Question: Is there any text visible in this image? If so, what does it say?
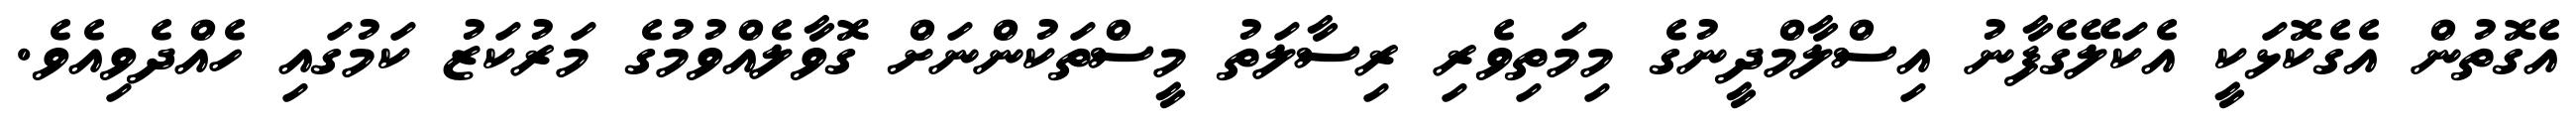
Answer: އެގޮތުން އެގެކޮޅަކީ އެކަލޭގެފާނު އިސްލާމްދީނުގެ މިމަތިވެރި ރިސާލަތު މީސްތަކުންނަށް ގޮވާލެއްވުމުގެ މަރުކަޒު ކަމުގައި ހެއްދެވިއެވެ.